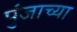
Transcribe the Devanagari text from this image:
पुंजाच्या